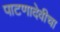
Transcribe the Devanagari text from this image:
पाटणादेवीचा